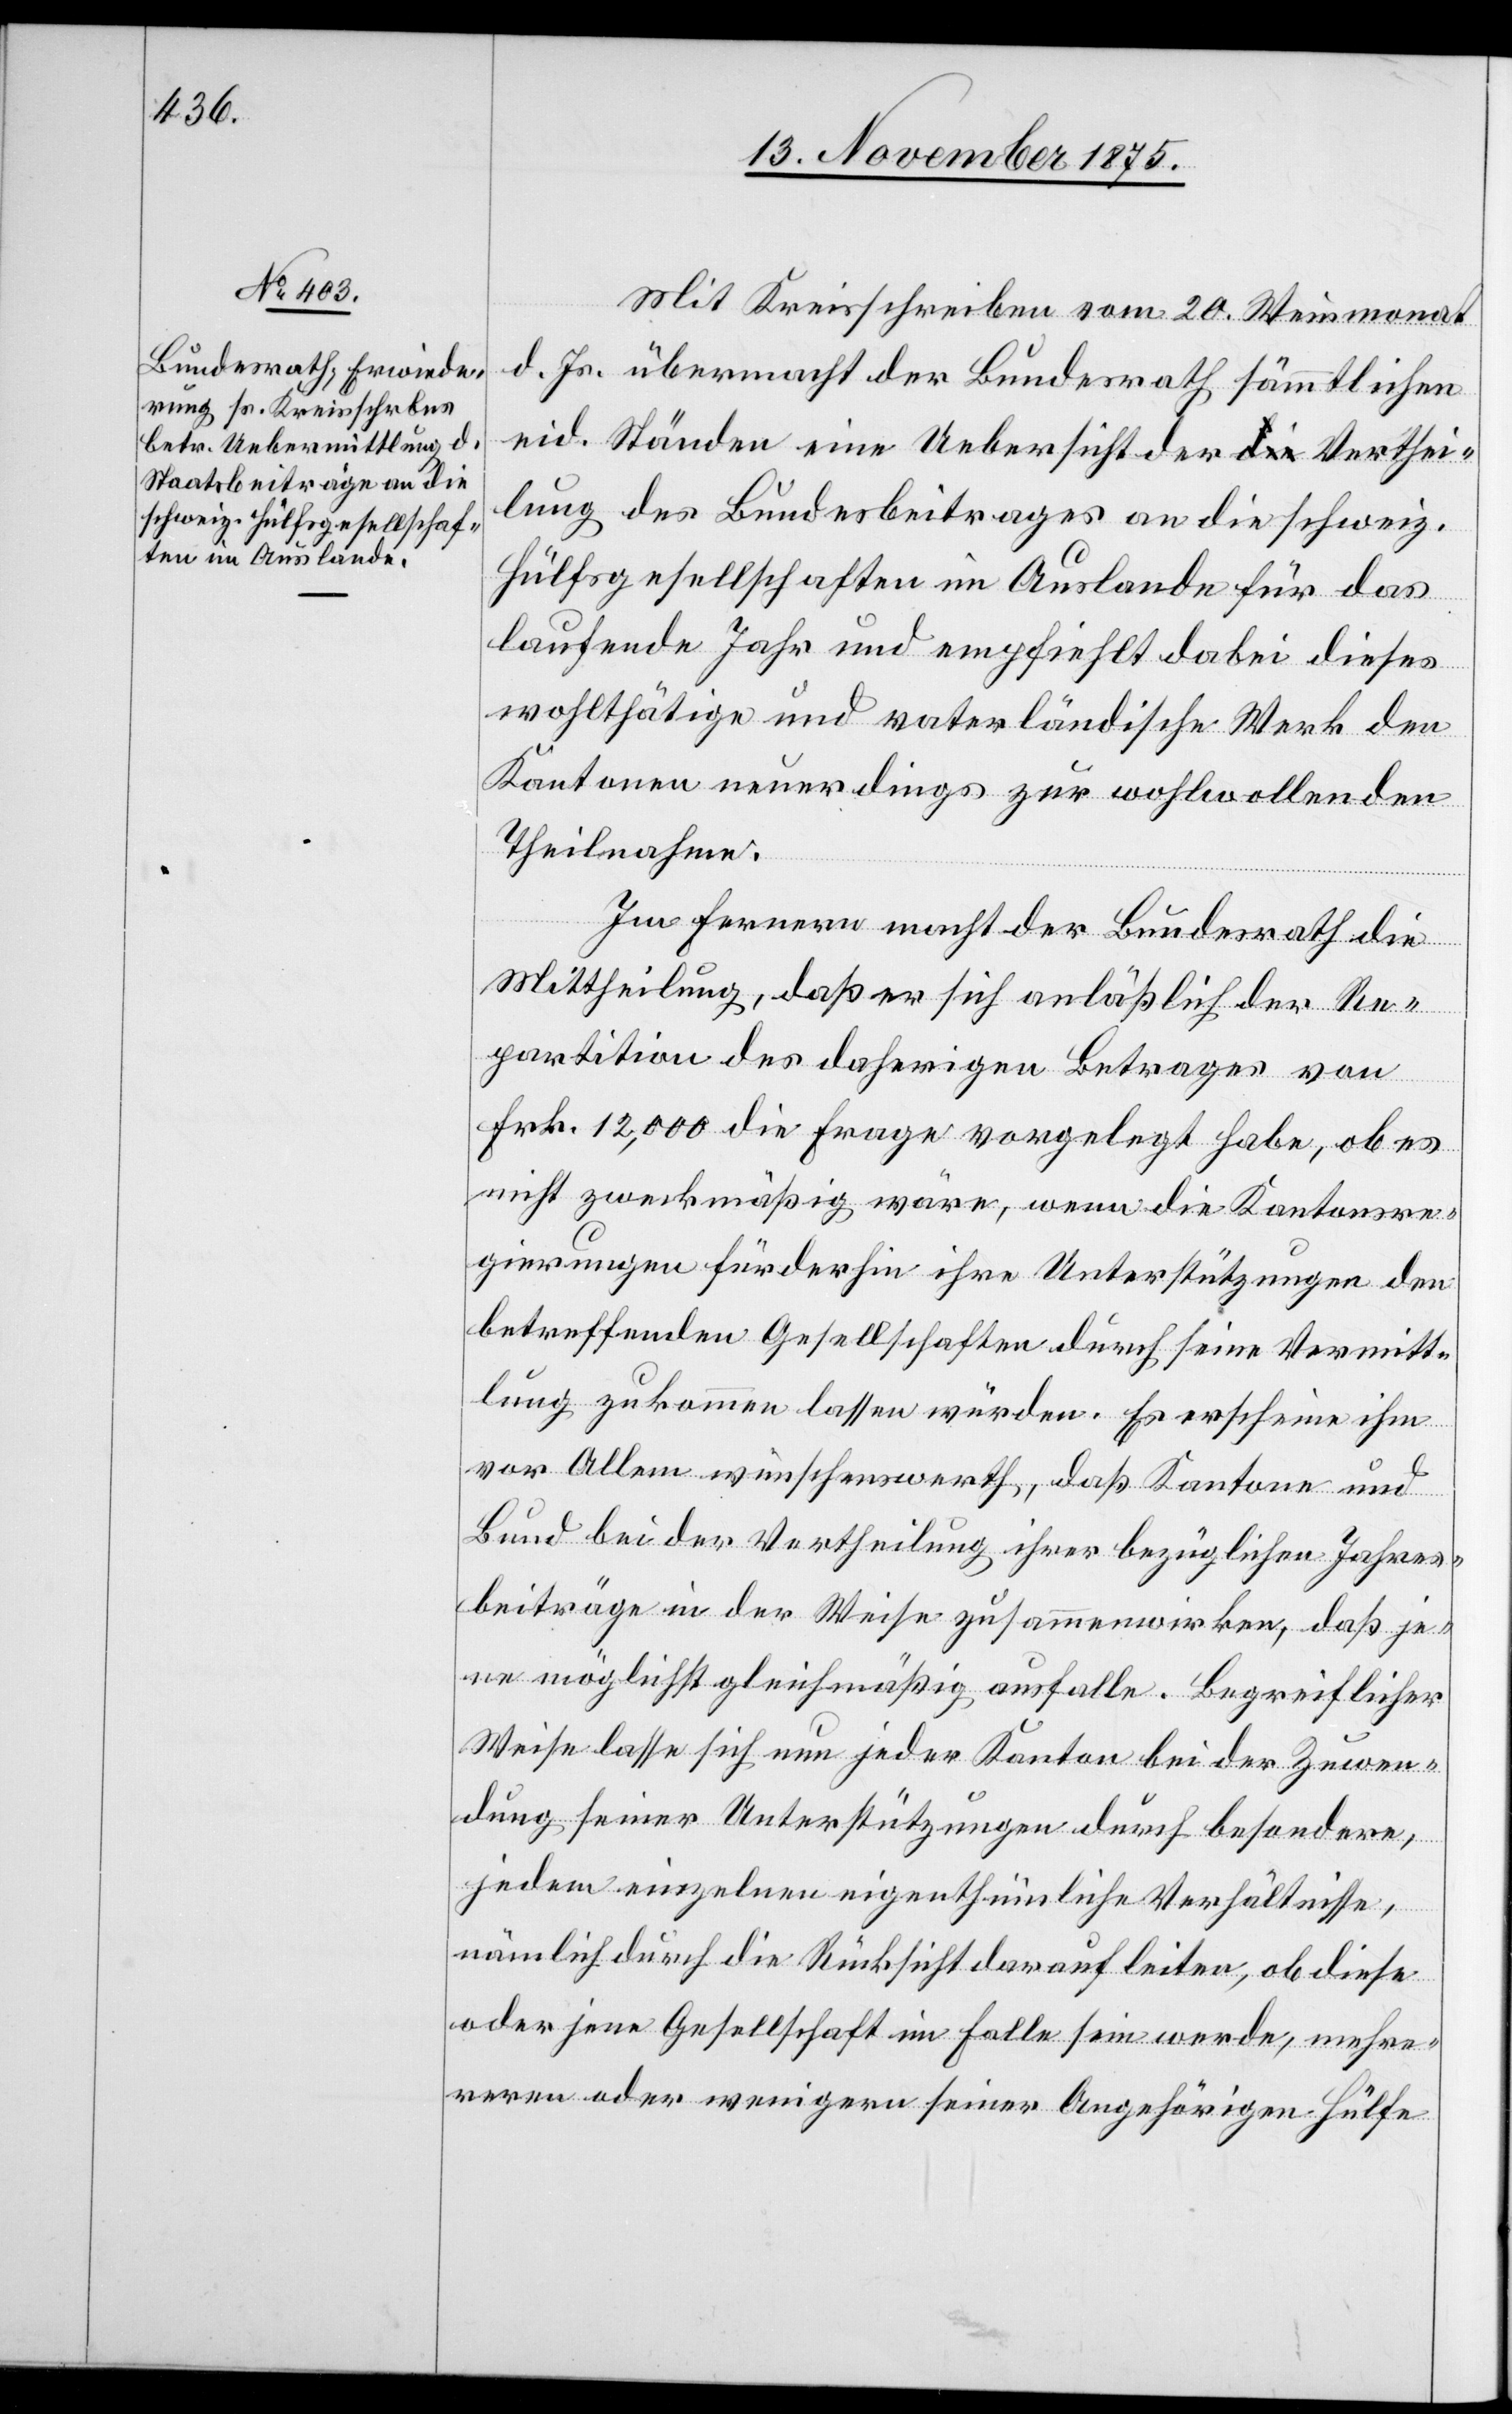
Mit Kreisschreiben vom 20. Wintermonat
d. Js. übermacht der Bundesrath sämmtlichen
eid. Ständen eine Uebersicht der Verthei¬
lung des Bundesbeitrages an die schweiz.
Hülfsgesellschaften im Auslande für das
laufende Jahr und empfiehlt dabei dieses
wohlthätige und vaterländische Werk den
Kantonen neuerdings zur wohlwollenden
Theilnahme.
Im Fernern macht der Bundesrath die
Mittheilung, daß er sich anläßlich der Re¬
partition des daherigen Betrages von
Frk. 14,000 die Frage vorgelegt habe, ob es
nicht zweckmäßig wäre, wenn die Kantonsre¬
gierungen fürderhin ihre Unterstützungen den
betreffenden Gesellschaften durch seine Vermitt¬
lung zukommen lassen würden. Es erscheine ihm
vor Allem wünschenswerth, daß Kantone und
Bund bei der Vertheilung ihrer bezüglichen Jahres¬
beiträge in der Weise zusammenwirken, daß je¬
ne möglichst gleichmäßig ausfalle. Begreiflicher
Weise lasse sich nun jeder Kanton bei der Zuwen¬
dung seiner Unterstützungen durch besondere,
jedem einzelnen eigenthümliche Verhältnisse,
nämlich durch die Rücksicht darauf leiten, ob diese
oder jene Gesellschaft im Falle sein werde, mehr¬
eren oder wenigern seiner Angehörigen Hülfe